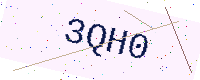
Text: 3QH0